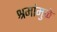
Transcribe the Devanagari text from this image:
श्रमांमुळे